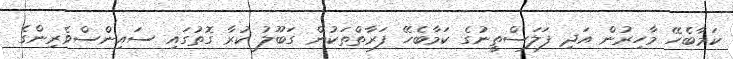
ކަމާބެހޭ މާހިރުން އަދި ފަލަސްތީނުގެ ކަމާބެހޭ ފަރާތްތަކުން ގަބޫލު ކުރާ ގޮތުގައި ސައިންސްވެރިންގެ